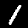
Digit: 1